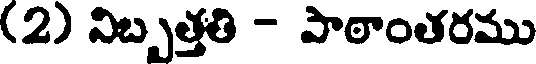
(2) నిబ్బత్తతి - పాఠాంతరము